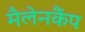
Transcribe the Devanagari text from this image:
मैलेनकैंप